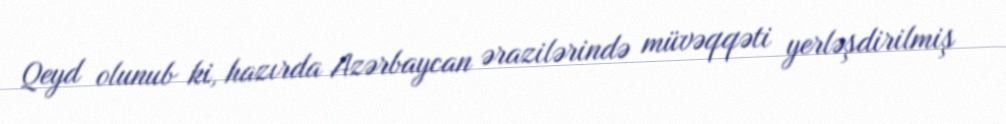
Qeyd olunub ki, hazırda Azərbaycan ərazilərində müvəqqəti yerləşdirilmiş